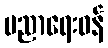
ပညာရေးဝန်